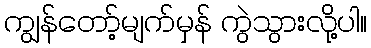
ကျွန်တော့်မျက်မှန် ကွဲသွားလို့ပါ။